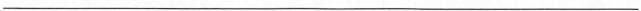
___